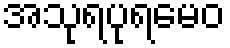
အသုရပုရမေဝ